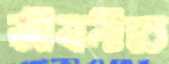
জীবনীতে